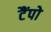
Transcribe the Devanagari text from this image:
टैंपो